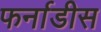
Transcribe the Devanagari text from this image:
फर्नाडीस